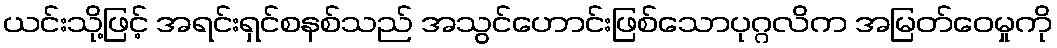
ယင်းသို့ဖြင့် အရင်းရှင်စနစ်သည် အသွင်ဟောင်းဖြစ်သောပုဂ္ဂလိက အမြတ်ဝေမှုကို